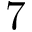
7